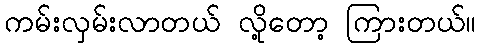
ကမ်းလှမ်းလာတယ် လို့တော့ ကြားတယ်။